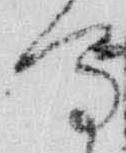
写